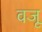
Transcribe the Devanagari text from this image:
वजू